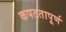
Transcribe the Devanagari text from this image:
कपटतापूर्ण